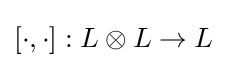
[\cdot ,\cdot ]:L\otimes L\rightarrow L